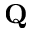
\mathbf { Q }